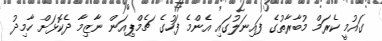
ގައުމީ ކެރަމް މުބާރާތުގެ ފައިނަލުގައި އެންމެ ފަހުގެ ޗެމްޕިއަން ނާޒިމާ ދެކޮޅަށް ހާމިދު